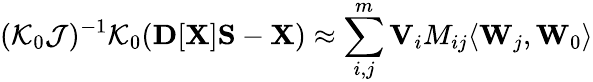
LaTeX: ({\cal K}_{0}{\cal J})^{-1}{\cal K}_{0}({\mathbf D}[{\mathbf X}]{\mathbf S}-{\mathbf X})\approx\sum_{i,j}^{m}{\mathbf V}_{i}M_{ij}\langle{\mathbf W}_{j},{\mathbf W}_{0}\rangle